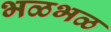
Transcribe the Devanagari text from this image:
भळभळ